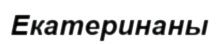
Екатеринаны